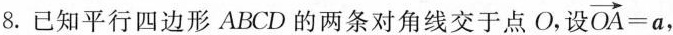
8. 已知平行四边形ABCD的两条对角线交于点O，设 $$\overrightarrow{OA}=a$$ ，